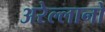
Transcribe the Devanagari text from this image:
अरेल्लानो